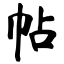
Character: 帖